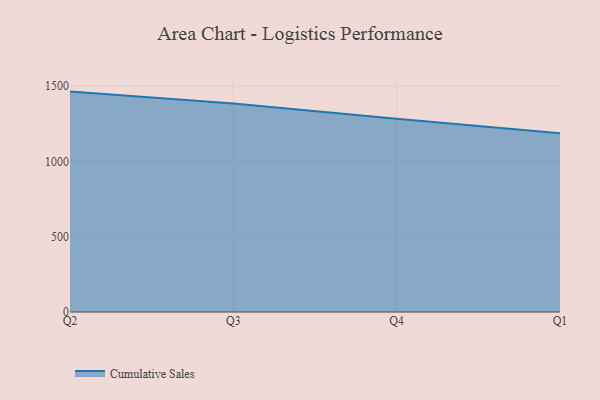
{"axis": {"x": "Quarter", "y": "Energy Usage (MWh)"}, "legend": ["Cumulative Sales"], "data": [{"x": "Q2", "y": 1463.5, "type": "Cumulative Sales"}, {"x": "Q3", "y": 1385.2, "type": "Cumulative Sales"}, {"x": "Q4", "y": 1282.7, "type": "Cumulative Sales"}, {"x": "Q1", "y": 1186.9, "type": "Cumulative Sales"}]}